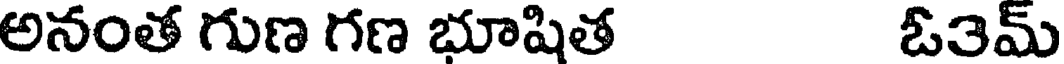
అనంత గుణ గణ భూషిత ఓ3మ్